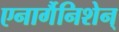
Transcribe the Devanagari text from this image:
एनार्गैनिशेन्